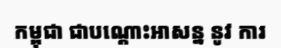
កម្ពុជា ជាបណ្តោះអាសន្ន នូវ ការ